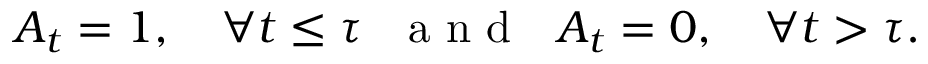
A _ { t } = 1 , \quad \forall t \leq \tau \: \: \: \mathrm { ~ a ~ n ~ d ~ } \: \: \: A _ { t } = 0 , \quad \forall t > \tau .